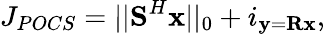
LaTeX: J_{POCS}=||\textbf{S}^{H}\textbf{x}||_{0}+i_{\textbf{y}=\textbf{R}\textbf{x}},